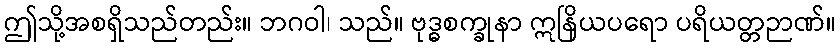
ဤသို့အစရှိသည်တည်း။ ဘဂဝါ၊ သည်။ ဗုဒ္ဓစက္ခုနာ ဣနြိယပရော ပရိယတ္တဉာဏ်။